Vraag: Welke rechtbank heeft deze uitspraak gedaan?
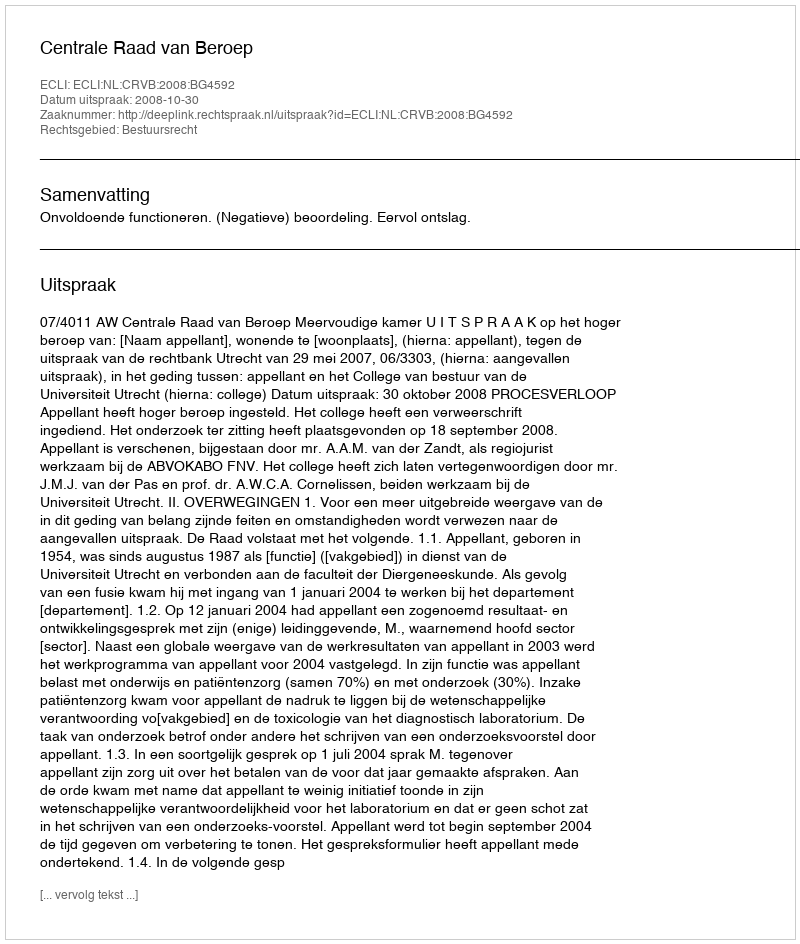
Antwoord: Centrale Raad van Beroep